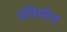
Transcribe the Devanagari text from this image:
उपियोग